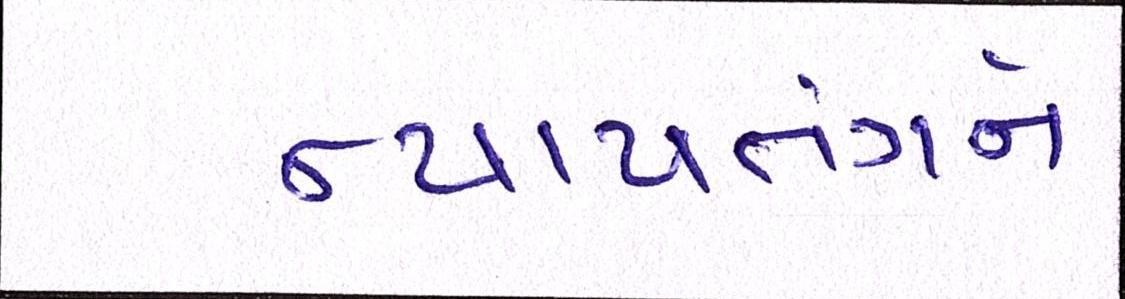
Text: ન્યાયતંત્રને